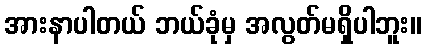
အားနာပါတယ် ဘယ်ခုံမှ အလွတ်မရှိပါဘူး။